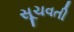
સૂચવતી